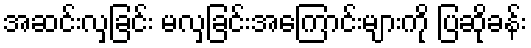
အဆင်းလှခြင်း မလှခြင်းအကြောင်းများကို ပြဆိုခန်း